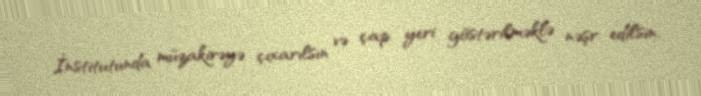
İnstitutunda müzakirəyə çıxarılsın və çap yeri göstərilməklə nəşr edilsin.